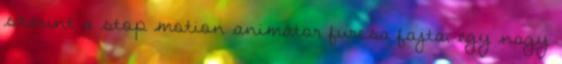
szerint a stop motion animátor furcsa fajta, egy nagy